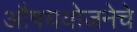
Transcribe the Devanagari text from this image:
औषधयोजनेचे